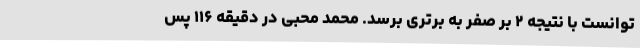
توانست با نتیجه ۲ بر صفر به برتری برسد. محمد محبی در دقیقه ۱۱۶ پس